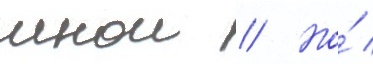
мнои // Но́ /